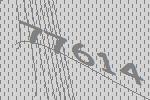
77614